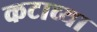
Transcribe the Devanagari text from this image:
कटाच्या